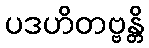
ပဒဟိတဗ္ဗန္တိ